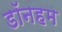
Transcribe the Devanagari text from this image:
डॉनहम